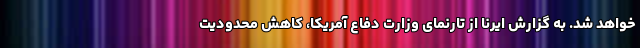
خواهد شد. به گزارش ایرنا از تارنمای وزارت دفاع آمریکا، کاهش محدودیت